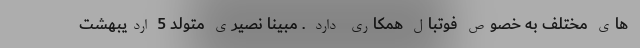
های مختلف به خصوص فوتبال همکاری دارد . مبینا نصیری متولد 5 اردیبهشت